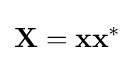
\mathbf {X} =\mathbf {x} \mathbf {x} ^{\ast }